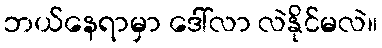
ဘယ်နေရာမှာ ဒေါ်လာ လဲနိုင်မလဲ။